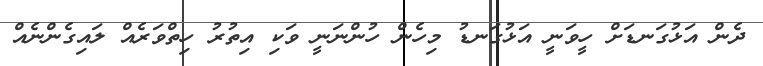
ދެން އަޅުގަނޑަށް ހީވަނީ އަޅުގަނޑު މިހެން ހުންނަނީ ވަކި އިތުރު ހިތްވަރެއް ލައިގެންނެއް